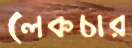
লেকচার